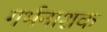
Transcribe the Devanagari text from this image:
गर्भनाशक